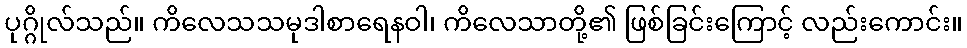
ပုဂ္ဂိုလ်သည်။ ကိလေသသမုဒါစာရေနဝါ၊ ကိလေသာတို့၏ ဖြစ်ခြင်းကြောင့် လည်းကောင်း။